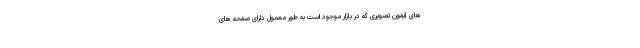
های آیفون تصویری که در بازار موجود است به طور معمول دارای صفحه های